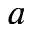
a